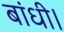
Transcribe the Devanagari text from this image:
बांधी।